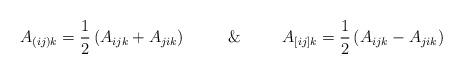
LaTeX: \begin{align*}A_{(ij)k}=\frac{1}{2}\left(A_{ijk}+A_{jik}\right)\,\,\,\,\,\,\,\,\,\,\,\,\,\,\,\&\,\,\,\,\,\,\,\,\,\,\,\,\,\,\,A_{[ij]k}=\frac{1}{2}\left(A_{ijk}-A_{jik}\right)\end{align*}